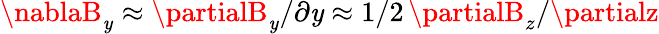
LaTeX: \nablaB_{\mathit{y}}\approx\partialB_{\mathit{y}}/\partial\mathit{y}\approx1/2\, \partialB_{z}/\partialz